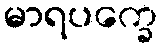
မာရပက္ခေ